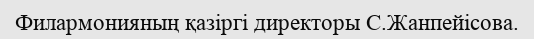
Филармонияның қазіргі директоры С.Жанпейісова.